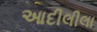
આદીલીલા